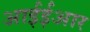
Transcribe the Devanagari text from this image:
आईईआर